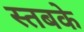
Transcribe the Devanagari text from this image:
स्तबके